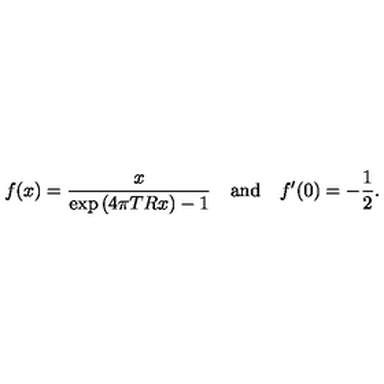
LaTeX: f ( x ) = \frac { x } { \exp { ( 4 \pi T R x ) } - 1 } \quad \mathrm { a n d } \quad f ^ { \prime } ( 0 ) = - \frac { 1 } { 2 } { . }